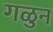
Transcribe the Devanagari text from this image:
गळुन